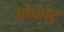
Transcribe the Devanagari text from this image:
भोकोट